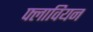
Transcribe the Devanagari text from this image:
फ्लावियन